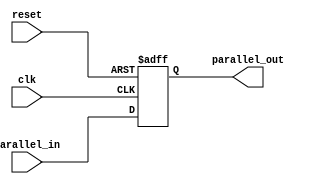
module pipo_shift_register (
    input wire clk,
    input wire reset,
    input wire [N-1:0] parallel_in,
    output wire [N-1:0] parallel_out
);

parameter N = 8; // number of flip-flops in the register

reg [N-1:0] reg_data;

always @(posedge clk or posedge reset) begin
    if (reset) begin
        reg_data <= 0;
    end else begin
        reg_data <= parallel_in;
    end
end

assign parallel_out = reg_data;

endmodule